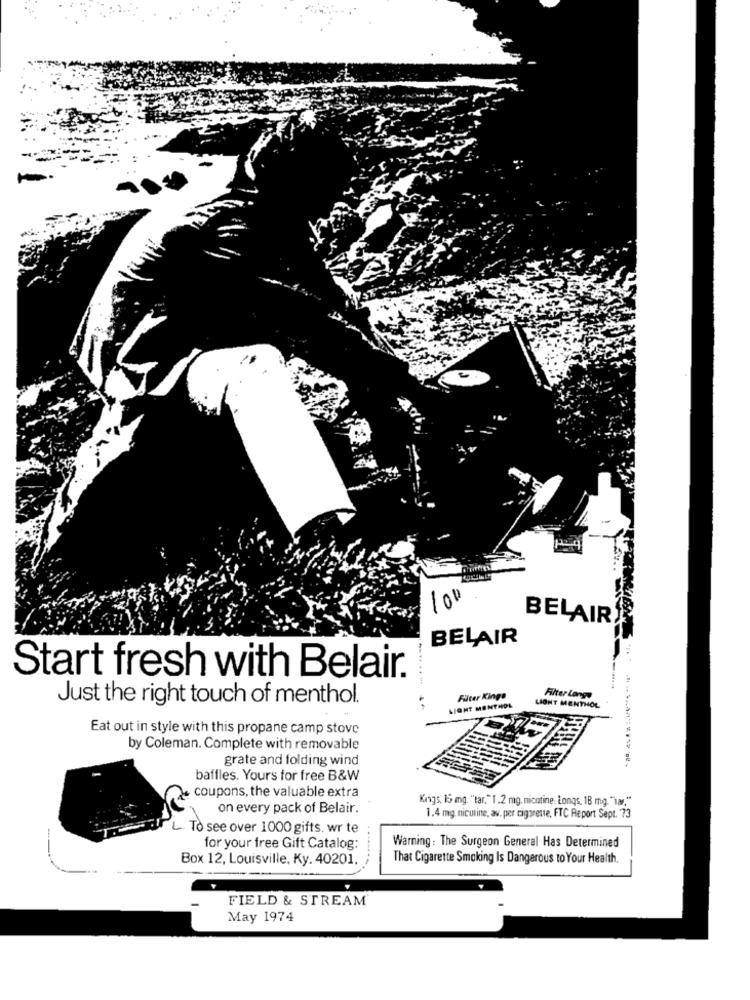
100
BELAIR
BELAIR
Start fresh with Belair.
Just the right touch of menthol.
Filter Kinga
Filter Lange
LIGHT MENTHOL
LIGHT MENTHOL
Eat out in style with this propane camp stove
by Coleman. Complete with removable
grate and folding wind
baffles. Yours for free B&W
coupons, the valuable extra
Kings. 15 mg. "tar."1 .2 mg. nicotine: Longs. 18 mg. "war."
on every pack of Belair.
1.4 mg nicotine, av. per cigarette, FTC Report Sept. 73
L. To see over 1000 gifts. wr te
for your free Gift Catalog:
Warning: The Surgeon General Has Determined
Box 12, Louisville, Ky. 40201.
That Cigarette Smoking Is Dangerous to Your Health.
FIELD & STREAM
May 1974